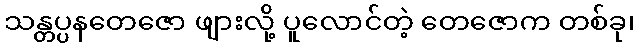
သန္တပ္ပနတေဇော ဖျားလို့ ပူလောင်တဲ့ တေဇောက တစ်ခု၊